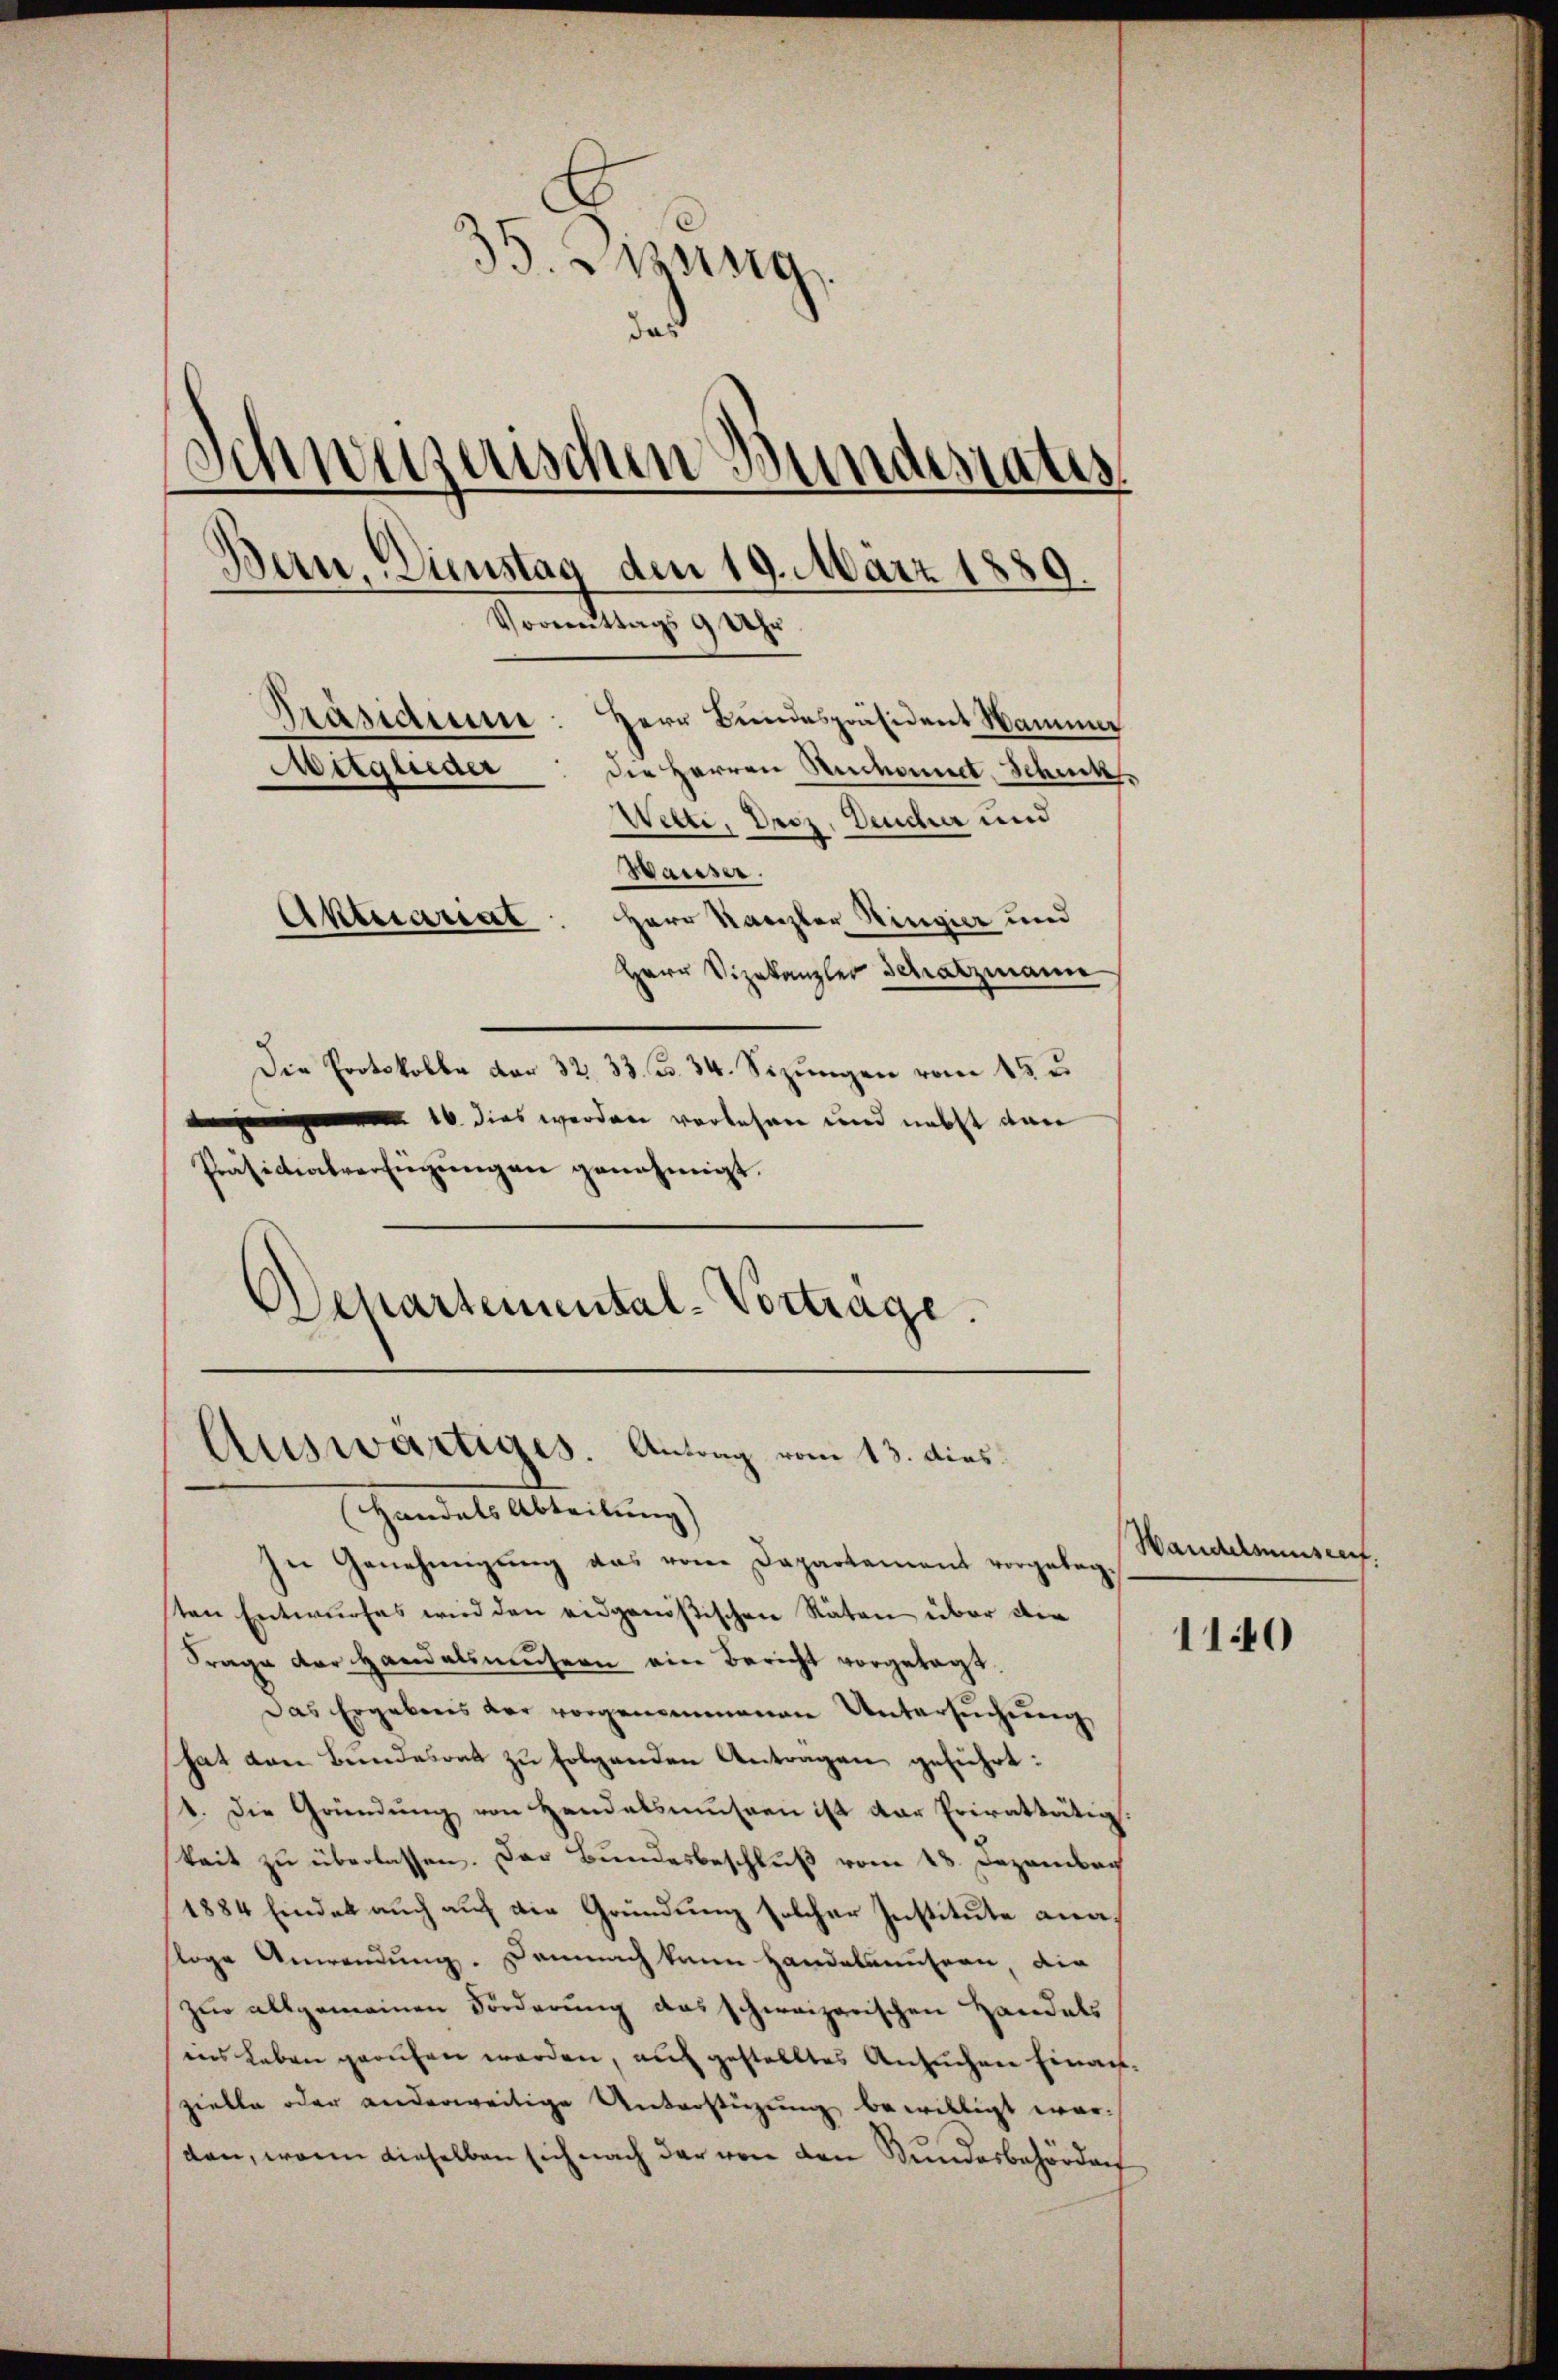
35. Jung
¬
Schweizerischen Bundesrates
Bau, Dienstag den 19. März 1889.
Vormittags 9 Uhr
Präsidium. Herr Bundespräsident Hammer
Mügluder
Die Herren Rechannt Schnik.
Wetti, Droz. Deucher und
Waiser.

Herr Kanzler Hingier und
Herr Vizekanzler Schatzmann
Die Protokolle der 32. 33. ß. 34. Sizungen vom 15. un
16 dies werden vorlesen und nebst von
Präsictialverfügungen genehmigt.
Departemental-Vortrage.

Aktuariat

Auswärtiges. Antrag vom 13. dies

Handels Abteilung) |
In Genehmigŭng das vom Departement vorgeleg-
sten Entwurfes wird den eidgenößischen Räten über die
Frage der Handelsmüsern ein Bericht vorgelegt.
Das Ergebens der vorgenommenen Untersuchung
hat den Bundesrat zu folgenden Antragen geführt:
1. Die Gründung von Handelsmüssen ist der Privattätig
keit zu überlassen. Das Bundesbeschluß vom 18. Dezember
1884 findet auch auf die Gründung solcher Institute analoge Anwendung. Demnach kann Handelausern die
zur allgemeinen Förderung das schweizerischen Handels
ins Leben gerufen werden, auf gestelltes Ansuchen Einachzielte oder anderweitige Unterstüzung bewilligt werden, wenn dieselben sich nach der von den Bundesbehörden

Handelsmuseen.

1140